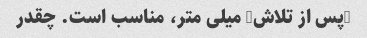
(پس از تلاش) میلی متر، مناسب است. چقدر